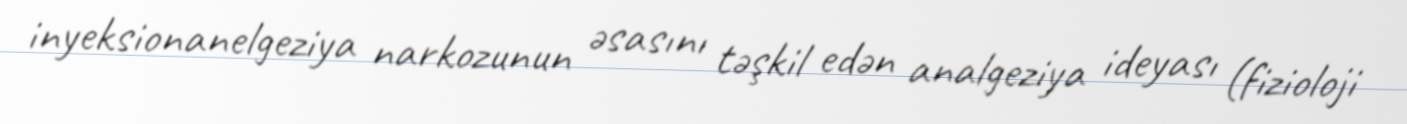
inyeksionanelgeziya narkozunun əsasını təşkil edən analgeziya ideyası (fizioloji